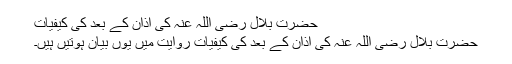
حضرت بلال رضی اللہ عنہ کی اذان کے بعد کی کیفیات
حضرت بلال رضی اللہ عنہ کی اذان کے بعد کی کیفیات روایت میں یوں بیان ہوتیں ہیں۔